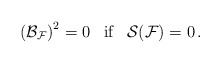
\begin{align*}\left({\cal B}_{{\cal F}}\right)^2 = 0\;\;\;{\mbox{if}}\;\;\; {\cal S}({\cal F})=0\,. \end{align*}